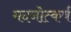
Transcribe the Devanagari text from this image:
मदनोत्कर्ष